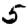
Digit: 5